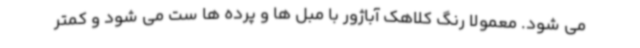
می شود. معمولا رنگ کلاهک آباژور با مبل ها و پرده ها ست می شود و کمتر